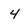
Character: 4